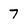
Character: 7